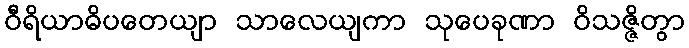
ဝီရိယာဓိပတေယျာ သာလေယျကာ သုပေခုဏာ ဝိသဇ္ဇိတွာ